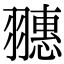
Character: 𦒎